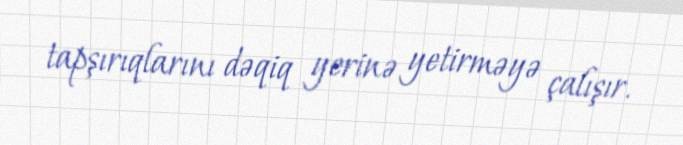
tapşırıqlarını dəqiq yerinə yetirməyə çalışır.